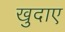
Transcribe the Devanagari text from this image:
खुदाए